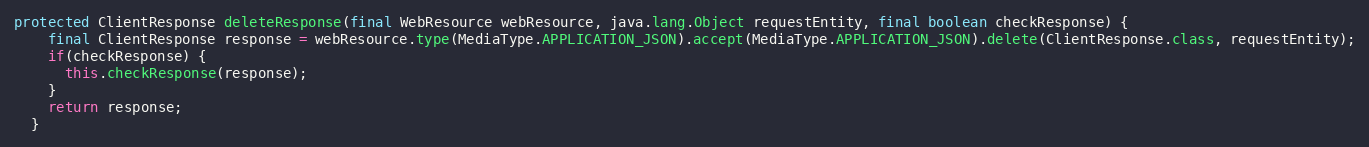
Language: Java
protected ClientResponse deleteResponse(final WebResource webResource, java.lang.Object requestEntity, final boolean checkResponse) {
    final ClientResponse response = webResource.type(MediaType.APPLICATION_JSON).accept(MediaType.APPLICATION_JSON).delete(ClientResponse.class, requestEntity);
    if(checkResponse) {
      this.checkResponse(response);
    }
    return response;
  }